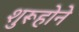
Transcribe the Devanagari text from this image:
शुरूहोने